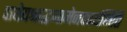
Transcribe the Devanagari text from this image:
पाथेयश्राद्धमामेनकार्यमिति